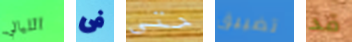
الليالي فى حتى تضييق قد